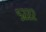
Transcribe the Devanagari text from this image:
५२२२